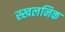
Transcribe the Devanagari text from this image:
स्खलनिक